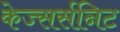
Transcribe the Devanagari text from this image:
केज्सर्सनिट